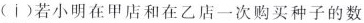
(ⅰ)若小明在甲店和在乙店一次购买种子的数